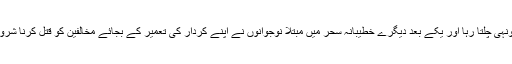
یہ سلسلہ یونہی چلتا رہا اور یکے بعد دیگرے خطیبانہ سحر میں مبتلا نوجوانوں نے اپنے کردار کی تعمیر کے بجائے مخالفین کو قتل کرنا شروع کر دیا ۔